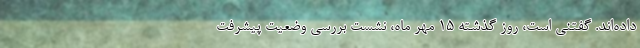
داده‌اند. گفتنی است، روز گذشته ۱۵ مهر ماه، نشست بررسی وضعیت پیشرفت